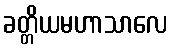
ခတ္တိယမဟာသာလေ